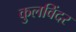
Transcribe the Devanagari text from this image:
कुलविंदर